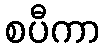
စပီကာ